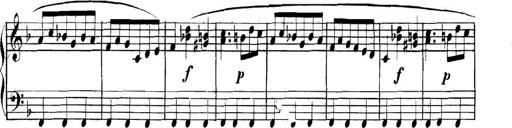
Title: Collected Piano Sonatas
Composer: Muzio Clementi